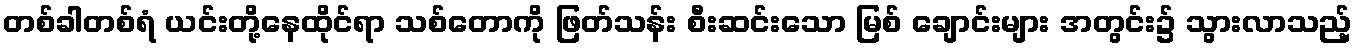
တစ်ခါတစ်ရံ ယင်းတို့နေထိုင်ရာ သစ်တောကို ဖြတ်သန်း စီးဆင်းသော မြစ် ချောင်းများ အတွင်း၌ သွားလာသည့်